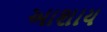
આશાય